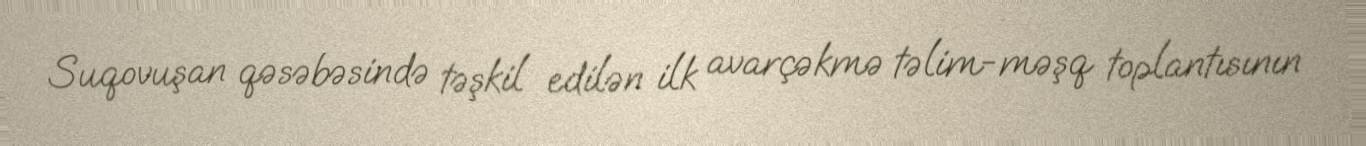
Suqovuşan qəsəbəsində təşkil edilən ilk avarçəkmə təlim-məşq toplantısının